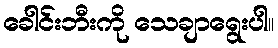
ခေါင်းဘီးကို သေချာရွေးပါ။